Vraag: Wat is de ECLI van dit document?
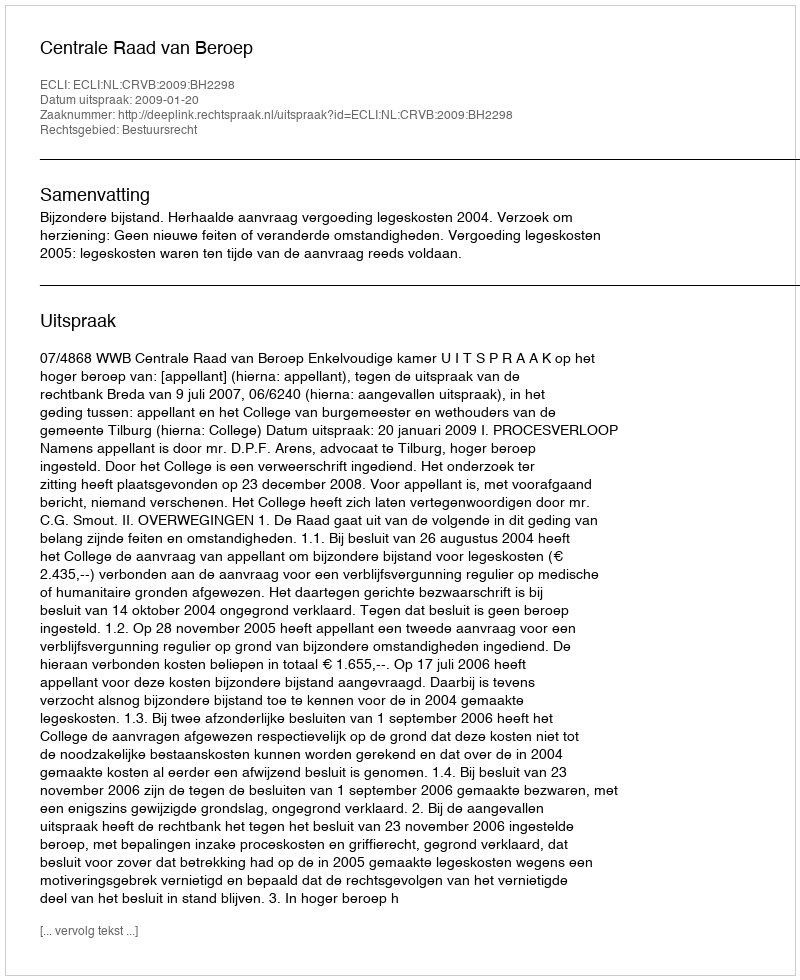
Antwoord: ECLI:NL:CRVB:2009:BH2298